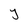
Character: Y